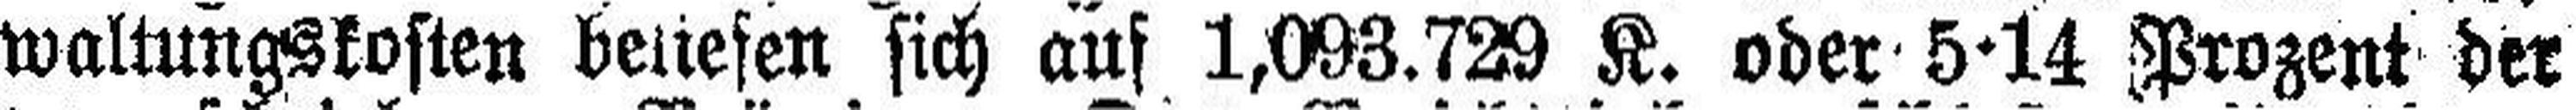
waltungskosten beliefen sich auf 1,093.729 K. oder 5·14 Prozent der